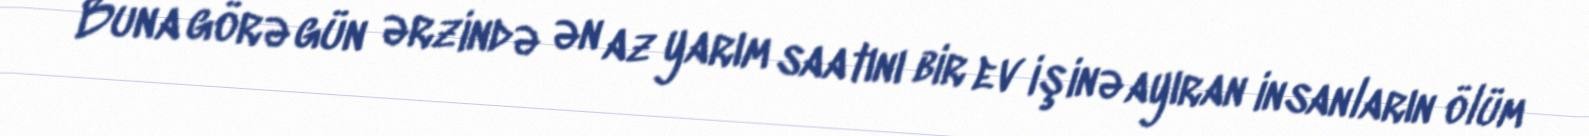
Buna görə gün ərzində ən az yarım saatını bir ev işinə ayıran insanların ölüm